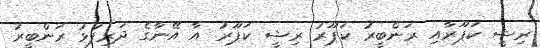
ރިޝީ ކަޕޫރާއި ރަންބީރު ކަޕޫރު ރިޝީ ކަޕޫރު އާ އޭނާގެ ދަރިފުޅު ރަންބީރު